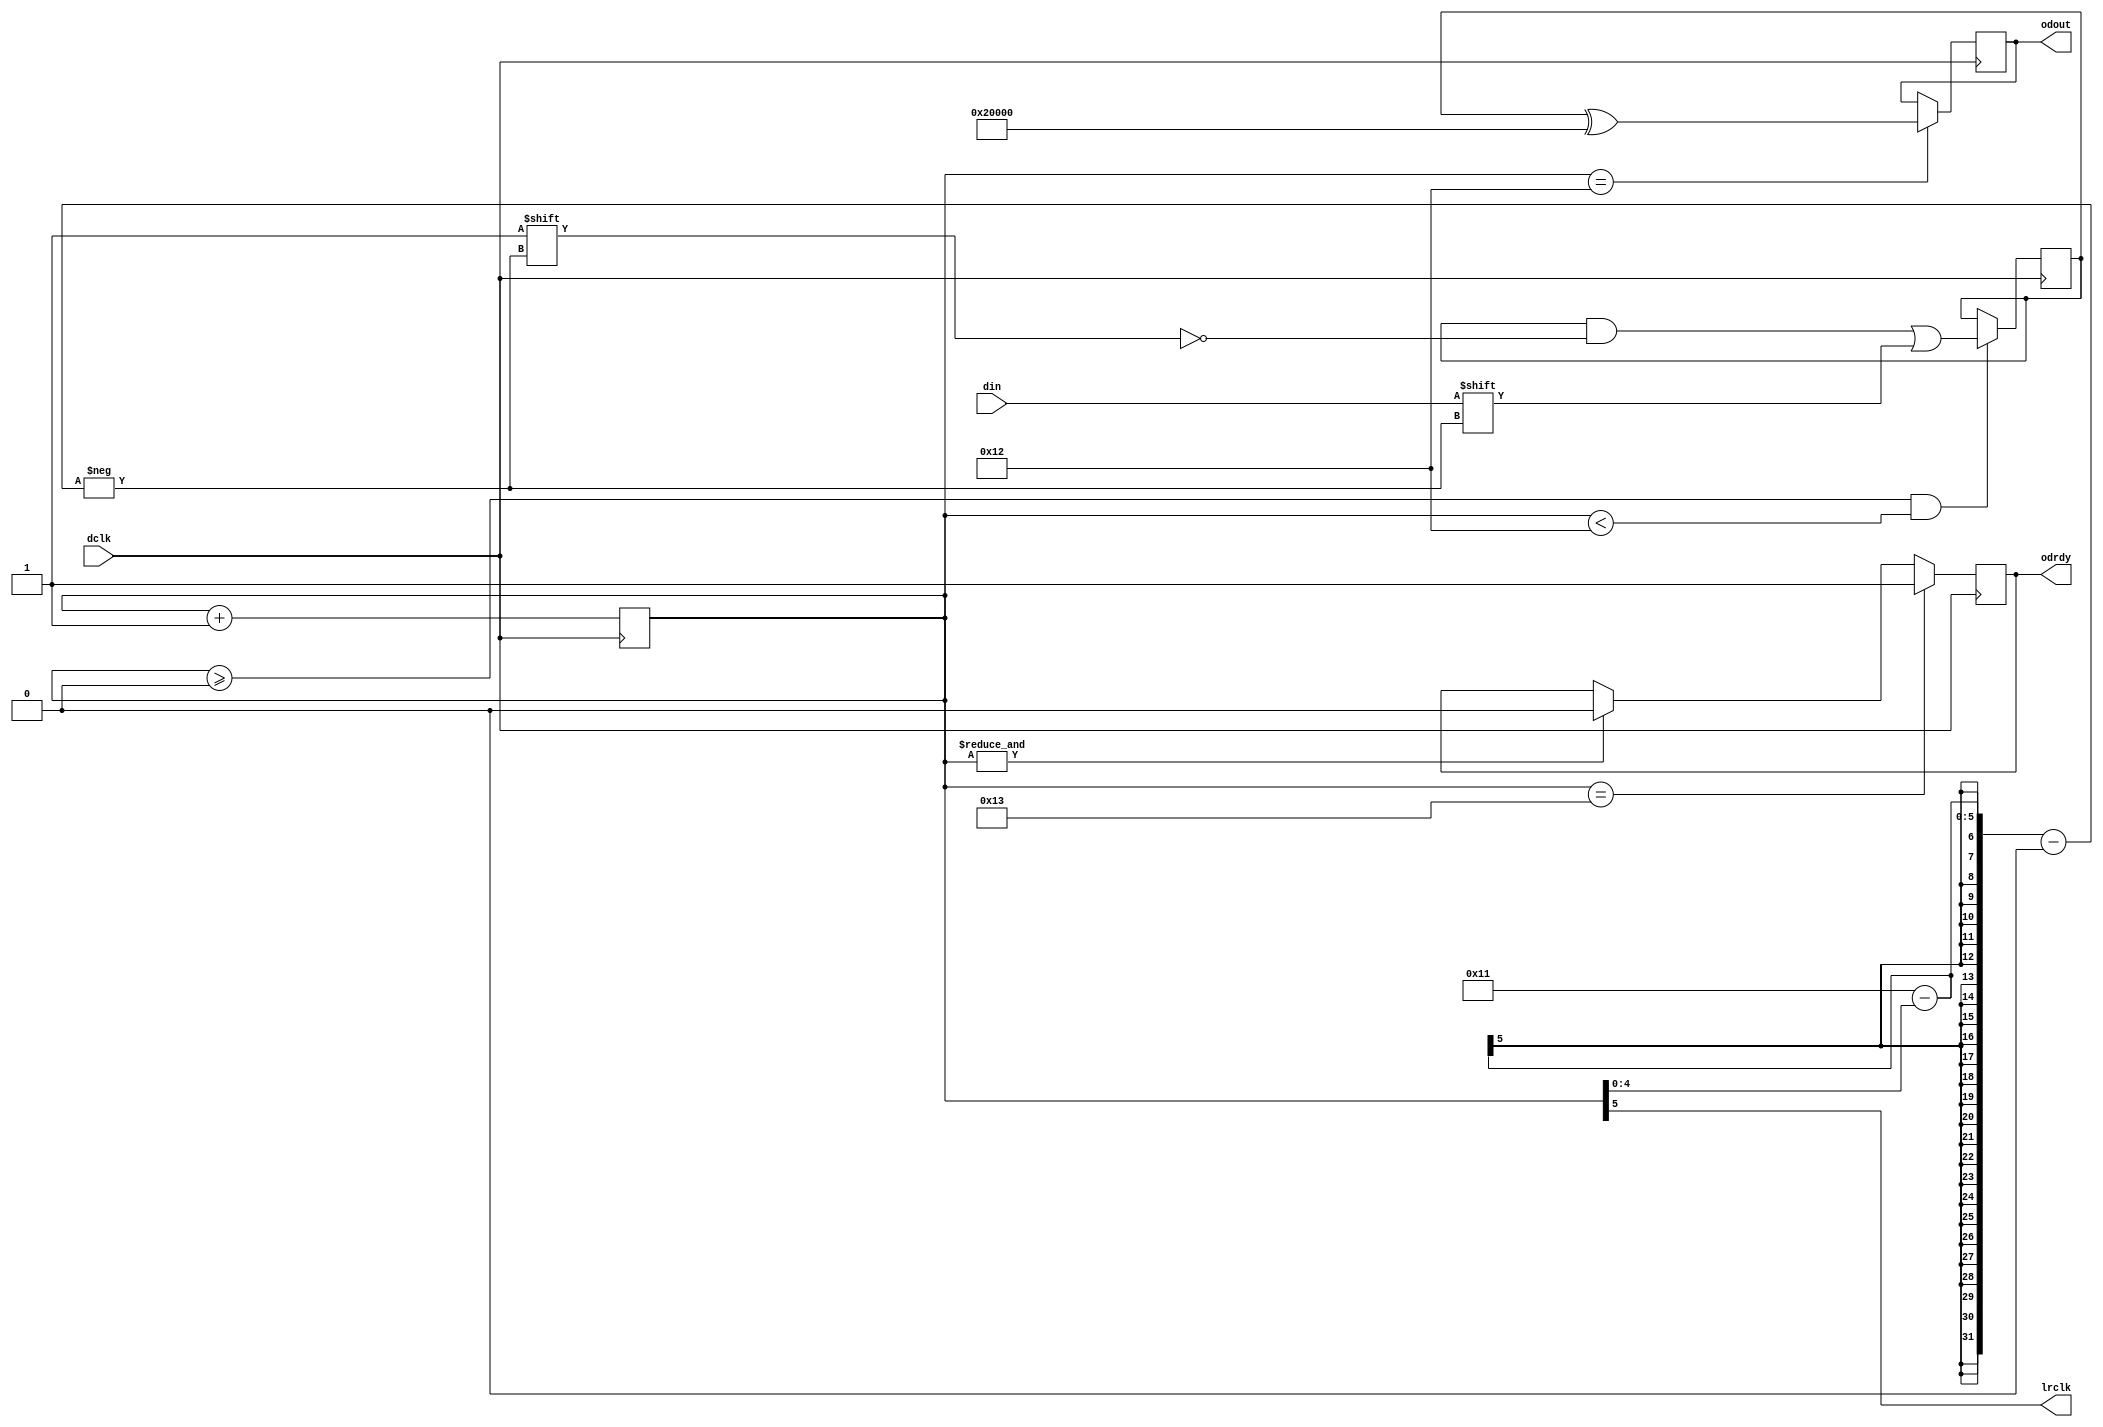
module i2sMic(dclk,lrclk,din,odout,odrdy);
input     dclk;
output     lrclk;

input din;
output[17:0] odout;
output odrdy;

parameter convert2s = 1;


reg [5:0] clkreg=0;
reg [17:0] dreg=0 ;
reg [17:0] dout;
reg drdy;
assign odout=dout;
assign odrdy=drdy;
assign lrclk=clkreg[5];


always @(negedge dclk) begin 

  clkreg<=clkreg+1;
  if (&clkreg) begin
    drdy<=0;
  end
  if (clkreg >= 0 && clkreg <18) begin 
    dreg[17-clkreg[4:0]]<=din;
  end
  if (clkreg ==18) begin // on clkreg == 19 convert from 2s compliment to unsigned+offset of 0x20000
    if (convert2s) begin
      dout<=dreg^18'h20000;
    end
    else begin
      dout<=dreg;
    end
  end
  if (clkreg == 19) begin
    drdy<=1;
  end
end

endmodule